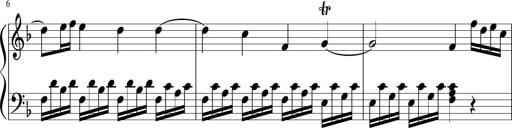
Title: Sonatina di Santa Gemma, JKB 12
Composer: Jason Baruk
Key: F major